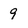
Character: 9